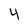
Character: 4